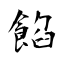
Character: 餡